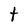
Character: t